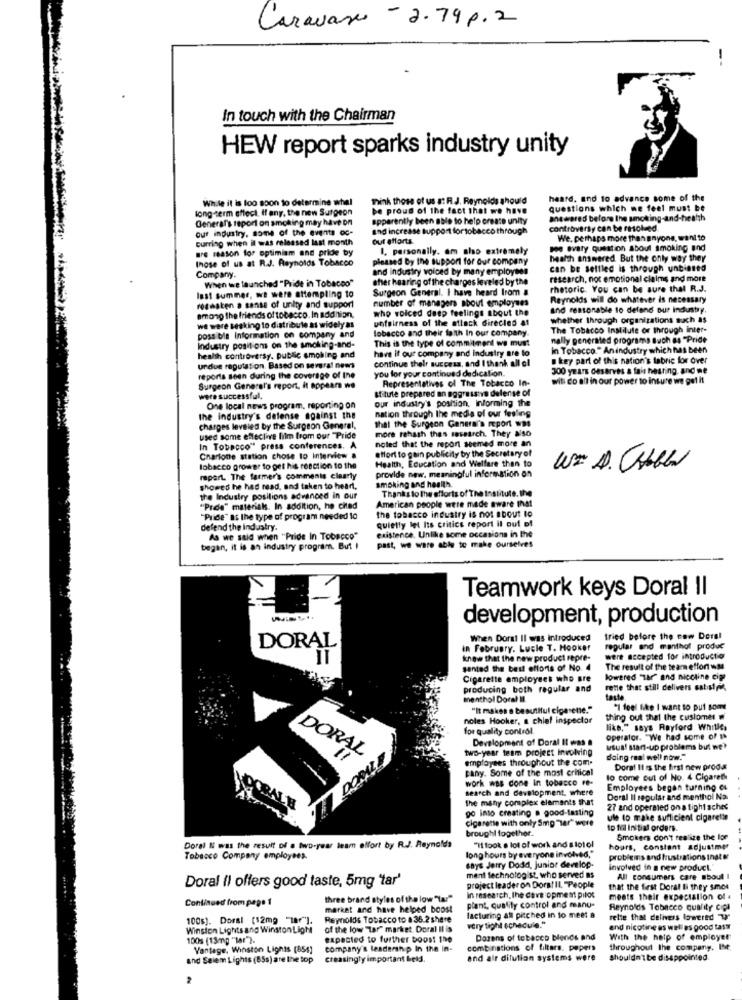
Caravane - 2.79 p.2
In touch with the Chairman
HEW report sparks industry unity
While it is too soon to determine whal
Think those of us at R.J. Reynolds should
heard, and to advance some of the
long-term effect, If any, the new Surgeon
be proud of the fact that we have
questions which me feel must be
General's report on smoking may have on
apparently been able to help create unity
answered before the smoking-and-health
our industry, some of the events oc-
and increase support fortobacco through
controversy can be resolved.
curring when il was released last month
out efforts.
We. perhaps more than anyone, want to
are reason for optimism and pride by
1. personally. om alo extremely
se svaty question about smoking and
those of us at R.J. Reynolds Tobacco
pleased by the support for our company
health answered. But the only way they
and industry voiced by many employees
can be settled is through unbiased
Company.
When we launched "Pride in Tobacco"
after hearing of the charges leveled by the
research, not emotional claims and more
Surgeon General. I have heard Irom a
rhetoric. You can be sure thal R.J.
last summer, we were attempting to
number of managers about employees
Reynolds will do whatever is necessary
resasten a sense of unity and support
who voiced deep feelings about the
and reasonable to defend our industry.
among the friends of tobacco. In addition,
unfairness of the attack direcled at
whether through organizations such as
we were seeking to distribute as widely as
lobacco and their faith In our company.
The Tobacco Institute or through inter-
possible Information on company and
This is the type of commitment we must
nally generated programa such as "Pride
Industry positions on the smoking-and-
have it our company and industry are to
In Tobacco." Anindustry which has been
health controversy. public smoking and
continue their success, and I thank all el
. key part of this nation's fabric for over
urdue reputation. Based on several nem
you for your continued dedication.
300 years deserves a fais hearing. and me
reports seen during the coverage of Ine
Representatives of The Tobacco In-
with co all in our power to insure we get it
Surgeon General's report, it appears we
stitute prepared an aggressive defense of
were successful.
our industry's position, Informing the
One local news program, reporting on
nation through the media of our festing
the industry's defense against the
that the Surgeon General's report was
charges leveled by the Surgeon General,
more rehash thas sesearch. They aso
used some effective film from our "Pride
noted that the report seemed more an
In Tobacco" press conferences. A
effort to gain publicity by the Secretary of
Charione station chose to Interview .
Health, Education and Welfare than to
tobacco grower to get his reaction to the
provide new. meaningful information on
WI A. CHIL
repart. The farmer's comments clearly
showed he had read, and taken to heart,
smoking and health.
Thanks to the efforts of The Institute.the
the Industry positions advanced in our
American people were made aware In41
"Prde" materials. In addition, he cited
the tobacco industry is not about to
"Pride" at the type of program needed lo
quietly let Its critics report il out of
defend the industry.
existence. Unlike some occasions in the
As we said when "Pride In Tobacco"
past, we were able to make ourselves
began, it is an industry program. But I
Teamwork keys Doral II
development, production
When Doral Il was introduced
tried before the cow Deral
DORAL
in February. Lucle T. Hooker
regular and menthol produc
IT
know that the new product repre-
were accepted for introductio
sented the best efforts of No. 4
The result of the team effort was
Cigarette employees who are
lowered "Tar" and nicotine eine
producing both regular and
rente that still delivers satilpie,
menthol Dorel II
taste.
"It makes a beautiful cigarene."
*I feel like I want to put some
noles Hooker, a chief inspector
thing out that the customer
for quality control
like," says Rayford Whitle,
Development of Doral It was #
operator. "We had some of
two-year team project involving
usual start-up problems but we?
DORAL
employees throughout the com.
daing real well now."
cany. Some of the most critical
Doral It is the first new proox
work was done In tobacco re-
lo come out of No. 4 Cigareth
search and development. where
Employees began turning es
the many complex elements that
Doral Il regular and menthol Na
go laso creating a good-tasting
27 and operated on a tight sches
cigarette with only Smp har" were
ule to make sufficient cigarette
brought together.
to fid Initial orders.
Smokers don't realize the lon
Doral I was the result of a two-year team effort by R.J. Reynolds
"Il took a lot of work and slot ol
hours, constant adjustmer
Tobacco Company employees.
long hours by everyone involved,"
problems and frustrations Ingt
says Jerry Dodd, Junior develop.
involved in a new product."
Doral Il offers good taste, 5mg 'tar'
ment technologist, who served as
All consumers care about I
project leader on Dora! IL People
that the first Doral Ii they smes
Continued from page 1
three brand styles of the low "tar"
In research, the cove opment pilot
meets their expectation of #
market and have helped boost
plant, quality control and manu-
Reynolds Tobacco quality cips
100s). Doral (12mg "18"].
Reynolds Tobacco to a 36.2 share
facturing all pitched in to meet a
relle that delivers lowered W
Winston Lights and Winston Light
of the low "tar" market. Doral Il is
very tight schedule."
and nicotine as well as good tass
100s (13mg "lar").
expected to further boost 100
Dozens of tobacco blends and
With the help of employer
Vantage. Winston Lights (854)
company's leadership In the in-
combinations of filters. popers
throughout the company. IMe
and Seiem Lights (85s) are the top
creasingly important beld.
and air dilution systems were
shouldn'tbe disappointed.